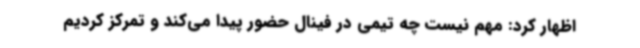
اظهار کرد: مهم نیست چه تیمی در فینال حضور پیدا می‌کند و تمرکز کردیم